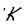
Character: K